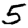
Digit: 5